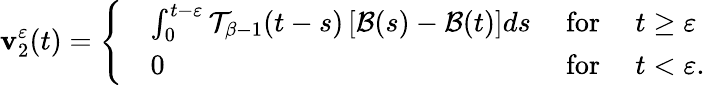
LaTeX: \mathbf{v}_{2}^{\varepsilon}(t)=\left\{ \begin{array}{rlrl}&{\int_{0}^{t-\varepsilon}\mathcal{T}_{\beta-1}(t-s)\left[\mathcal{B}(s)-\mathcal{B}(t)\right]ds}&{\mathrm{~for~}}&{t\geq\varepsilon}\\ &{0}&{\mathrm{~for~}}&{t<\varepsilon.}\end{array}\right.